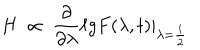
H \ \propto \; \frac { \partial } { \partial \lambda } \ell g F ( \lambda , t ) | _ { \lambda = \frac { i } { 2 } }